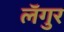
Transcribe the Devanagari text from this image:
लॅगुर